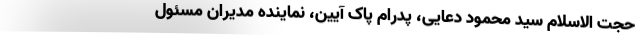
حجت الاسلام سید محمود دعایی، پدرام پاک آیین، نماینده مدیران مسئول